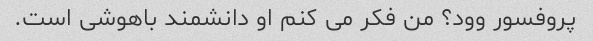
پروفسور وود؟ من فکر می کنم او دانشمند باهوشی است.